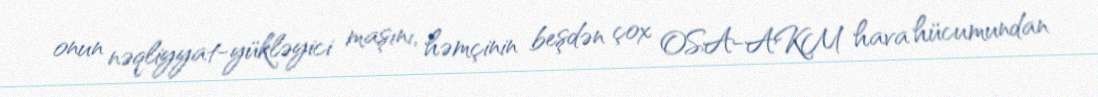
onun nəqliyyat-yükləyici maşını, həmçinin beşdən çox OSA-AKM hava hücumundan